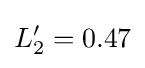
L'_{2}=0.47